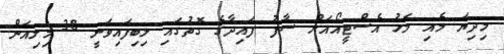
މިދިޔަ މެއި މަހު އެސްޓީއޯއަށް ސާފު ފައިދާގެ ގޮތުގައި ލިބިފައިވަނީ 38 މިލިއަން